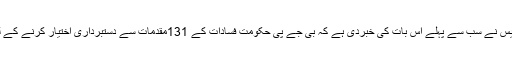
جمعرات کے روز انڈین ایکسپریس نے سب سے پہلے اس بات کی خبردی ہے کہ بی جے پی حکومت فسادات کے 131مقدمات سے دستبرداری اختیار کرنے کے لئے ایک فہرست جاری کی ہے۔